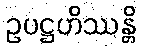
ဥပဋ္ဌဟိဿန္တိ